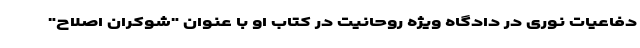
دفاعیات نوری در دادگاه ویژه روحانیت در کتاب او با عنوان "شوکران اصلاح"